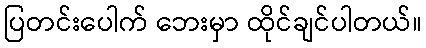
ပြတင်းပေါက် ဘေးမှာ ထိုင်ချင်ပါတယ်။